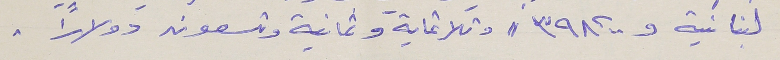
لبنانية و٣٩٨.٠٠ // وثلاثماية وثمانية وتسعون دولارًا .